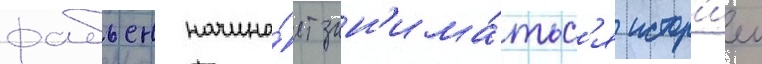
фабьен начина́ет зан'има́тьс'я истор'иеи